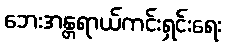
ဘေးအန္တရာယ်ကင်းရှင်းရေး